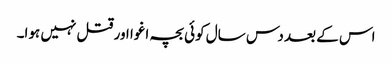
اس کے بعد دس سال کوئی بچہ اغوا اور قتل نہیں ہوا۔